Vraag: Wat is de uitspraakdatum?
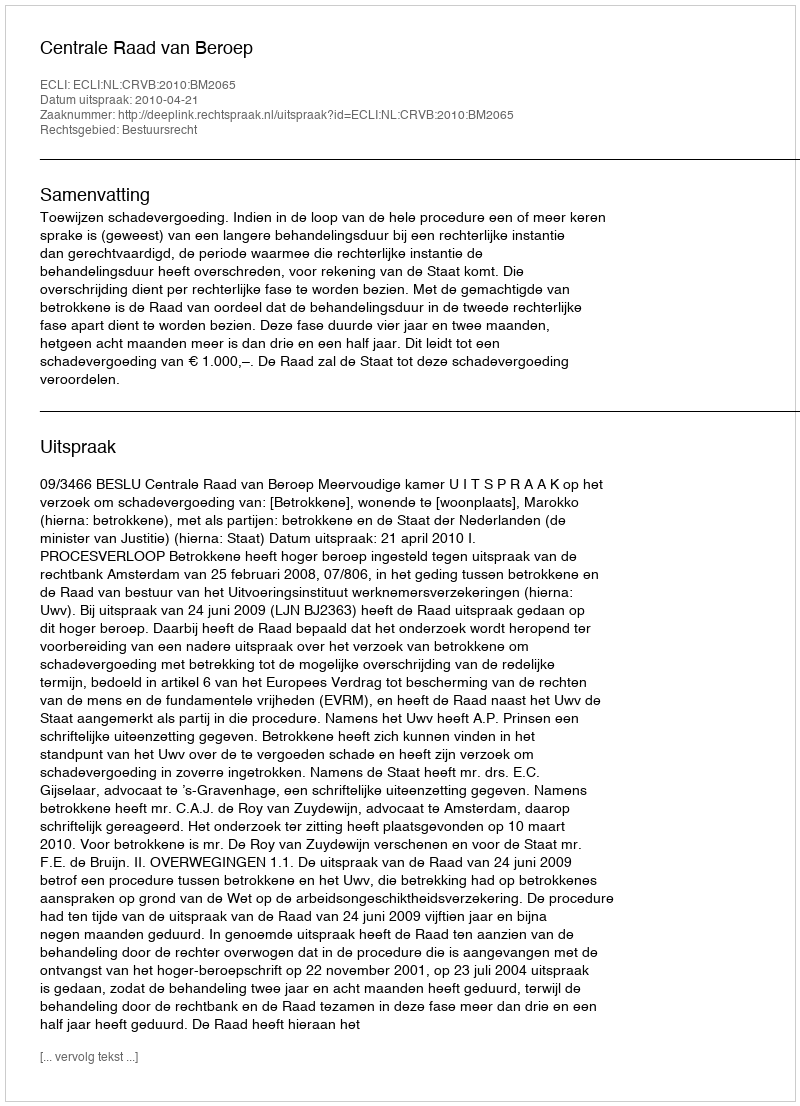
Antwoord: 2010-04-21